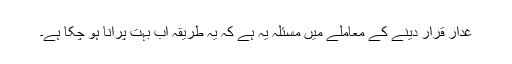
غدار قرار دینے کے معاملے میں مسئلہ یہ ہے کہ یہ طریقہ اب بہت پرانا ہو چکا ہے۔